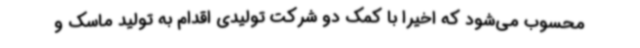
محسوب می‌شود که اخیراً با کمک دو شرکت تولیدی اقدام به تولید ماسک و